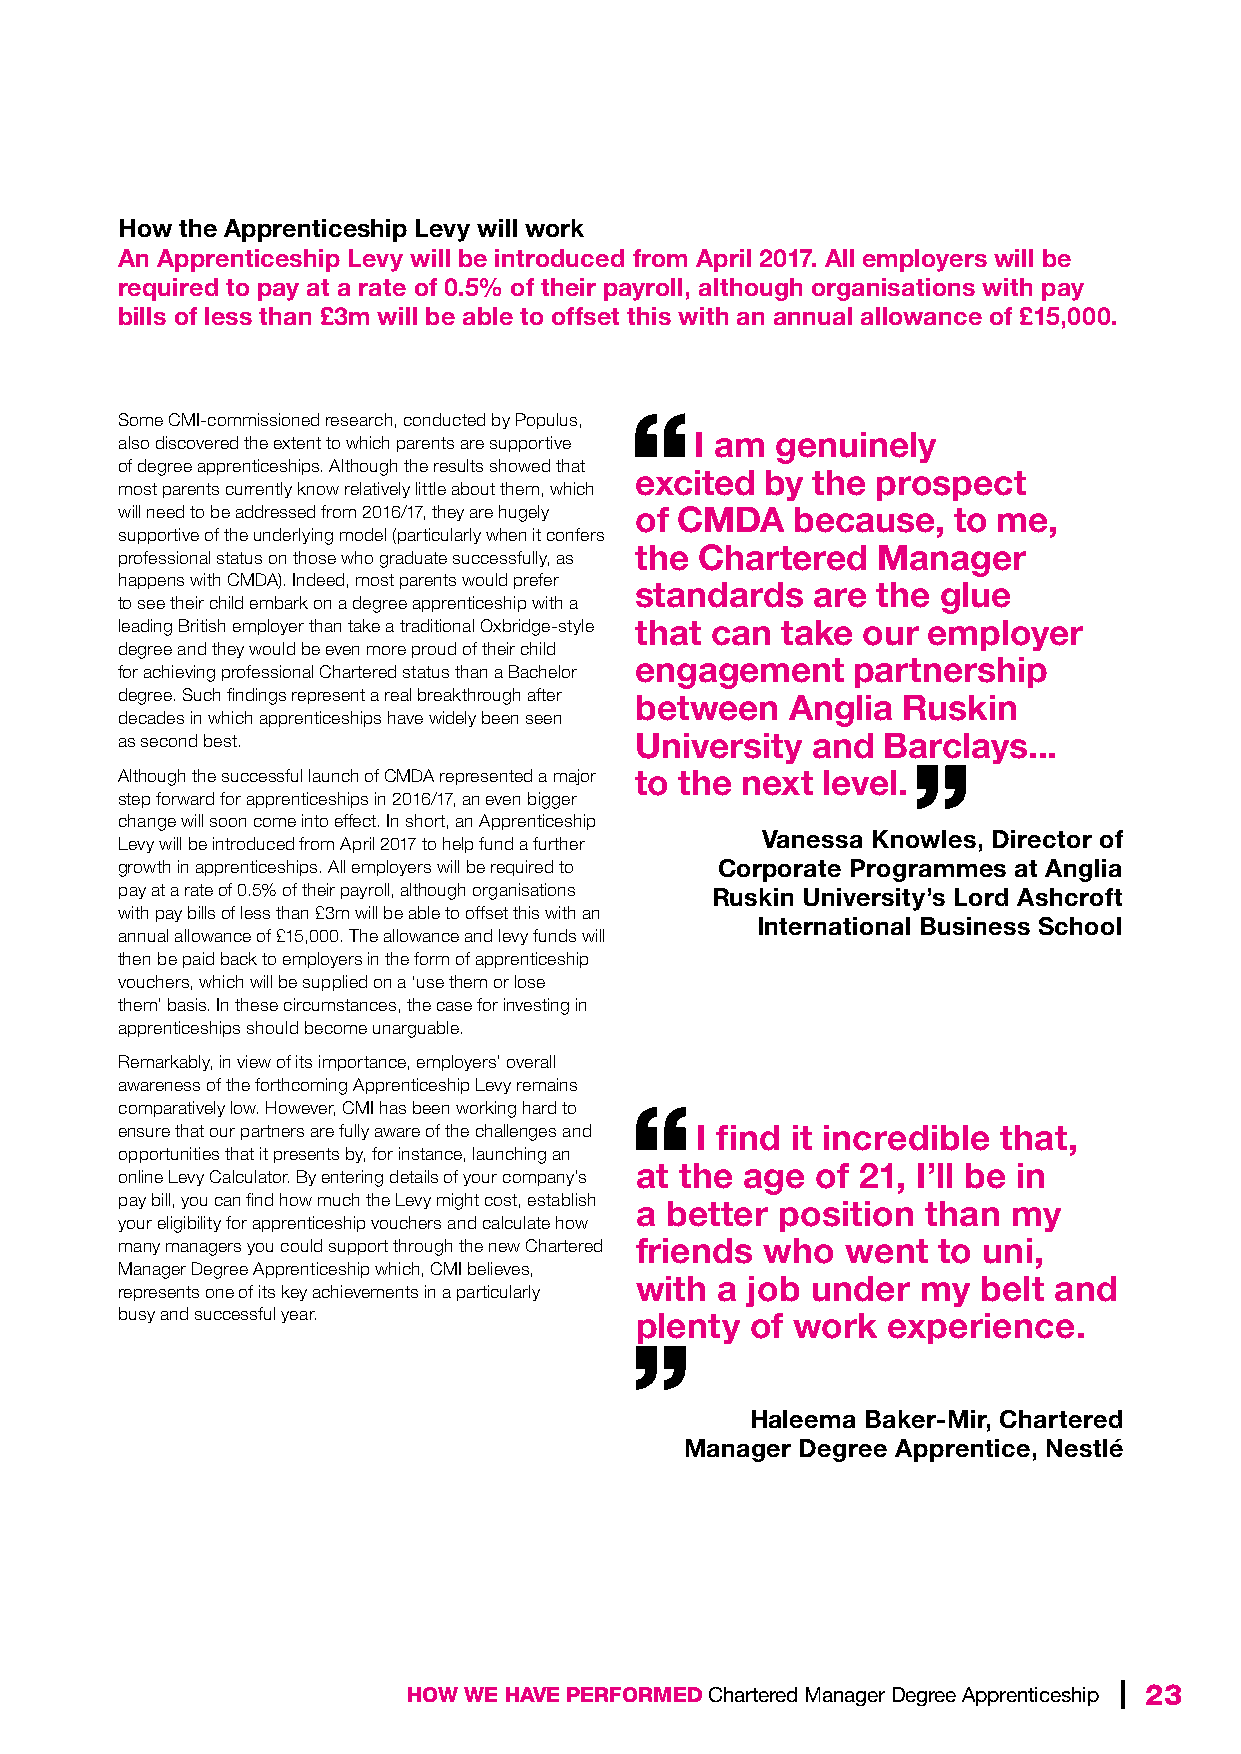
How the Apprenticeship Levy will work
 An Apprenticeship Levy will be introduced from April 2017. All employers will be
 required to pay at a rate of 0.5% of their payroll, although organisations with pay
 bills of less than £3m will be able to offset this with an annual allowance of £15,000.
 Some CMI-commissioned research, conducted by Populus,
 also discovered the extent to which parents are supportive I am genuinely
 of degree apprenticeships. Although the results showed that
 excited  by the prospect
 most parents currently know relatively little about them, which
 will need to be addressed from 2016/17, they are hugely of CMDA because, to me,
 supportive of the underlying model (particularly when it confers
 the Chartered   Manager
 professional status on those who graduate successfully, as
 happens with CMDA). Indeed, most parents would prefer
 standards   are the glue
 to see their child embark on a degree apprenticeship with a
 leading British employer than take a traditional Oxbridge-style that can take our employer
 degree and they would be even more proud of their child
 engagement    partnership
 for achieving professional Chartered status than a Bachelor
 degree. Such findings represent a real breakthrough after between Anglia Ruskin
 decades in which apprenticeships have widely been seen
 as second best.                   University  and Barclays...
 Although the successful launch of CMDA represented a major to the next level.
 step forward for apprenticeships in 2016/17, an even bigger
 change will soon come into effect. In short, an Apprenticeship
 Vanessa Knowles, Director of
 Levy will be introduced from April 2017 to help fund a further
 growth in apprenticeships. All employers will be required to Corporate Programmes at Anglia
 pay at a rate of 0.5% of their payroll, although organisations Ruskin University’s Lord Ashcroft
 with pay bills of less than £3m will be able to offset this with an
 International Business School
 annual allowance of £15,000. The allowance and levy funds will
 then be paid back to employers in the form of apprenticeship
 vouchers, which will be supplied on a ‘use them or lose
 them’ basis. In these circumstances, the case for investing in
 apprenticeships should become unarguable.
 Remarkably, in view of its importance, employers’ overall
 awareness of the forthcoming Apprenticeship Levy remains
 comparatively low. However, CMI has been working hard to
 ensure that our partners are fully aware of the challenges and I find it incredible that,
 opportunities that it presents by, for instance, launching an
 at the age  of 21, I’ll be in
 online Levy Calculator. By entering details of your company’s
 pay bill, you can find how much the Levy might cost, establish a better position than my
 your eligibility for apprenticeship vouchers and calculate how
 many managers you could support through the new Chartered friends who went to uni,
 Manager Degree Apprenticeship which, CMI believes,
 with  a job under  my  belt and
 represents one of its key achievements in a particularly
 busy and successful year.         plenty  of work  experience.
 Haleema Baker-Mir, Chartered
 Manager Degree Apprentice, Nestlé
 HOW WE HAVE PERFORMED Chartered Manager Degree Apprenticeship | 23